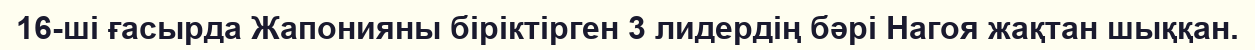
16-ші ғасырда Жапонияны біріктірген 3 лидердің бәрі Нагоя жақтан шыққан.